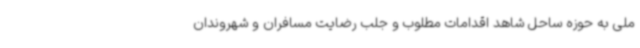
ملی به حوزه ساحل شاهد اقدامات مطلوب و جلب رضایت مسافران و شهروندان